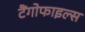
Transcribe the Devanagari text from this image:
टैंगोफाइल्स